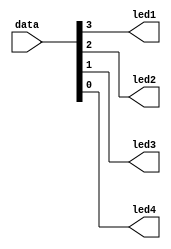
`timescale 1ns / 1ps
//////////////////////////////////////////////////////////////////////////////////
// Company: 
// Engineer: 
// 
// Design Name: 
// Module Name: LEDController
// Project Name: 
// Target Devices: 
// Tool Versions: 
// Description: 
// 
// Dependencies: 
// 
// Revision:
// Revision 0.01 - File Created
// Additional Comments:
// 
//////////////////////////////////////////////////////////////////////////////////


module LEDController(
    input [31:0] data,
    output reg led1,led2,led3,led4
);

always @(*) begin
    led1 = data[3];
    led2 = data[2];
    led3 = data[1];
    led4 = data[0];
end

endmodule